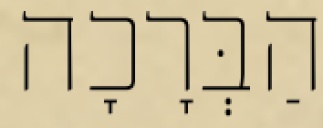
הַבְּרָכָה